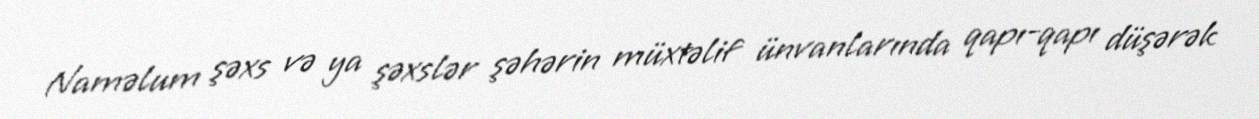
Naməlum şəxs və ya şəxslər şəhərin müxtəlif ünvanlarında qapı-qapı düşərək